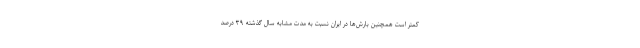
کمتر است همچنین بارش‌ها در ایران نسبت به مدت مشابه سال گذشته ۳۹ درصد